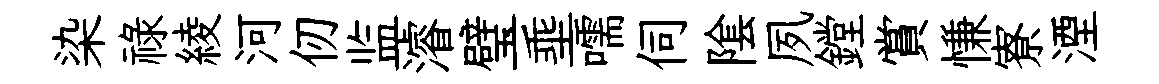
染祿綾河仞监濬璧埀嚅伺隂夙鏜賞慊寮湮